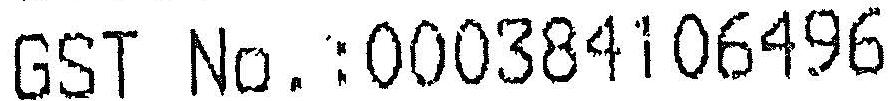
GST NO.:000384106496